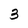
Character: 3